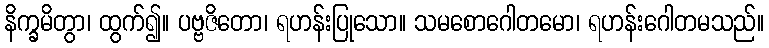
နိက္ခမိတွာ၊ ထွက်၍။ ပဗ္ဗဇိတော၊ ရဟန်းပြုသော။ သမစောဂေါတမော၊ ရဟန်းဂေါတမသည်။